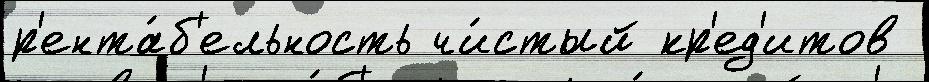
р'ента́б'ельность чи́стый кр'ед'итов